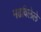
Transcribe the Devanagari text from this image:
मढविलेले